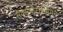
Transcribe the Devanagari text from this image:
सर्वसंभारास्तमिन्‌